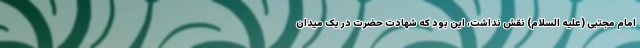
امام مجتبی (علیه السلام) نقش نداشت، این بود که شهادت حضرت در یک میدان